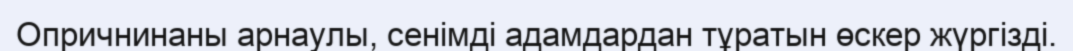
Опричнинаны арнаулы, сенімді адамдардан тұратын өскер жүргізді.